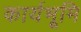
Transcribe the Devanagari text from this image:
कार्यभूमि